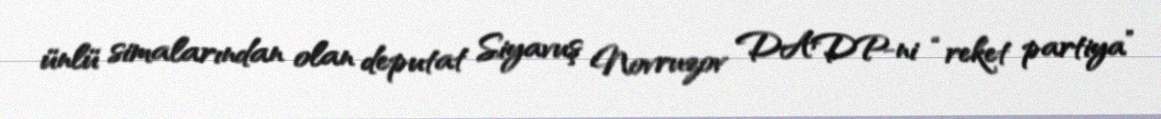
ünlü simalarından olan deputat Siyavuş Novruzov DADP-ni “reket partiya”